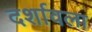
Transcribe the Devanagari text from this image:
दर्शावला